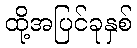
ထို့အပြင်ခုနှစ်